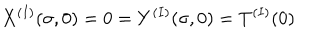
X ^ { ( I ) } ( \sigma , 0 ) = 0 = Y ^ { ( I ) } ( \sigma , 0 ) = T ^ { ( I ) } ( 0 )